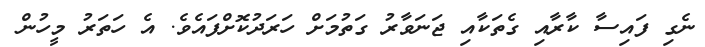
ނެގި ފައިސާ ކާރާއި ގެތަކާއި ޖަނަވާރު ގަތުމަށް ހަރަދުކޮށްފައެވެ. އެ ހަތަރު މީހުން